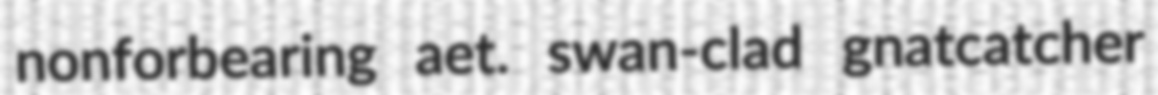
nonforbearing aet. swan-clad gnatcatcher